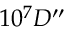
1 0 ^ { 7 } D ^ { \prime \prime }